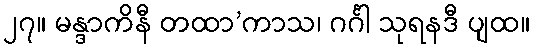
၂၇။ မန္ဒာကိနီ တထာ’ကာသ၊ ဂင်္ဂါ သုရနဒီ ပျထ။